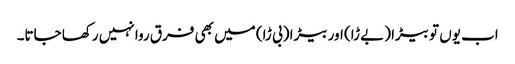
اب یوں تو بیڑا (بے ڑا) اور بیڑا (بی ڑا) میں بھی فرق روا نہیں رکھا جاتا۔